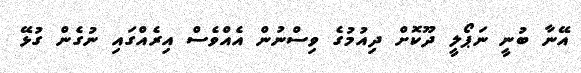
އޭނާ ބުނީ ނަޕޯލީ ދޫކޮށް ދިއުމުގެ ވިސްނުން އެއްވެސް އިރެއްގައި ނުގެން ގުޅޭ